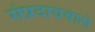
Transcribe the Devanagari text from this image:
संप्रदायवाले